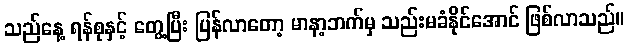
သည်နေ့ ရန်စုနှင့် တွေ့ပြီး ပြန်လာတော့ မာနာ့ဘက်မှ သည်းမခံနိုင်အောင် ဖြစ်လာသည်။